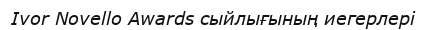
Ivor Novello Awards сыйлығының иегерлері